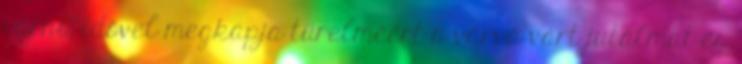
várni, idővel megkapja türelméért a várva várt jutalmat és